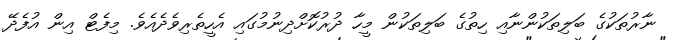
ނާރުތަކުގެ ބަލިތަކުންނާއި ހިތުގެ ބަލިތަކުން މީހާ ދުރުކޮށްދިނުމުގައި އެހީތެރިވެދެއެވެ. މިފެޓް އިން އުފެދޭ